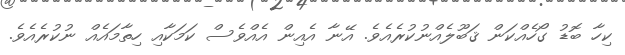
ކިހާ ބޮޑު ގޯހެއްކަން ޤަބޫލެއްނުކުރެއެވެ. އޭނާ އެއިން އެއްވެސް ކަމަކާއި ހިތާމައެއް ނުކުރެއެވެ.